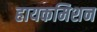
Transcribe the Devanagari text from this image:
हायकमिशन